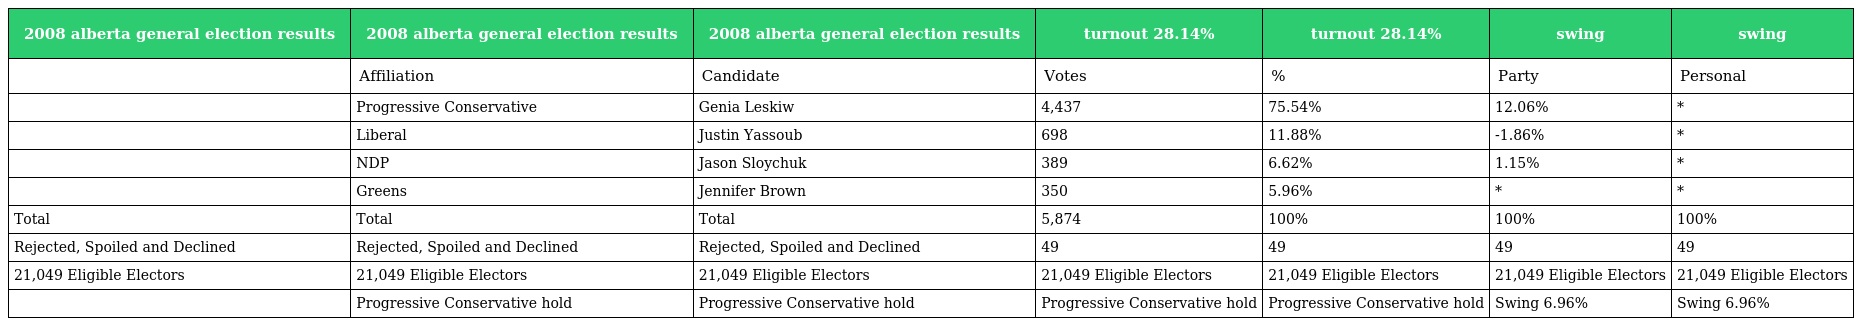
| 2008 alberta general election results | 2008 alberta general election results | 2008 alberta general election results | turnout 28.14% | turnout 28.14% | swing | swing |
 | --- | --- | --- | --- | --- | --- | --- |
 |  | Affiliation | Candidate | Votes | % | Party | Personal |
 |  | Progressive Conservative | Genia Leskiw | 4,437 | 75.54% | 12.06% | * |
 |  | Liberal | Justin Yassoub | 698 | 11.88% | -1.86% | * |
 |  | NDP | Jason Sloychuk | 389 | 6.62% | 1.15% | * |
 |  | Greens | Jennifer Brown | 350 | 5.96% | * | * |
 | Total | Total | Total | 5,874 | 100% | 100% | 100% |
 | Rejected, Spoiled and Declined | Rejected, Spoiled and Declined | Rejected, Spoiled and Declined | 49 | 49 | 49 | 49 |
 | 21,049 Eligible Electors | 21,049 Eligible Electors | 21,049 Eligible Electors | 21,049 Eligible Electors | 21,049 Eligible Electors | 21,049 Eligible Electors | 21,049 Eligible Electors |
 |  | Progressive Conservative hold | Progressive Conservative hold | Progressive Conservative hold | Progressive Conservative hold | Swing 6.96% | Swing 6.96% |